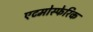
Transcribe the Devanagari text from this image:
एटमोस्फेरिक